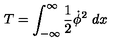
T = \int _ { - \infty } ^ { \infty } { \frac { 1 } { 2 } } \dot { \phi } ^ { 2 } \ d x